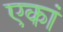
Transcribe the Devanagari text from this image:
एकां